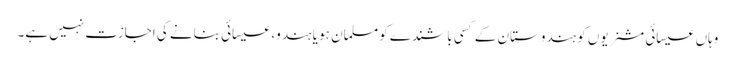
وہاں عیسائی مشنریوں کو ہندوستان کے کسی باشندے کو مسلمان ہو یا ہندو، عیسائی بنانے کی اجازت نہیں ہے۔